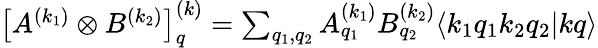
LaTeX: \begin{array}{r}{\left[A^{(k_{1})}\otimes B^{(k_{2})}\right]_{q}^{(k)}=\sum_{q_{1},q_{2}}A_{q_{1}}^{(k_{1})}B_{q_{2}}^{(k_{2})}\langle k_{1}q_{1}k_{2}q_{2}|kq\rangle}\end{array}